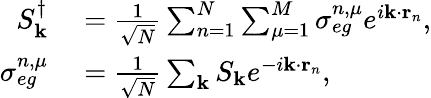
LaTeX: \begin{array}{rl}{S_{\mathbf{k}}^{\dagger}}&{{}=\frac{1}{\sqrt{N}}\sum_{n=1}^{N}\sum_{\mu=1}^{M}\sigma_{eg}^{n,\mu}e^{i\mathbf{k}\cdot\mathbf{r}_{n}},}\\ {\sigma_{eg}^{n,\mu}}&{{}=\frac{1}{\sqrt{N}}\sum_{\mathbf{k}}S_{\mathbf{k}}e^{-i\mathbf{k}\cdot\mathbf{r}_{n}},}\end{array}